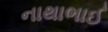
નાથાભાઈ